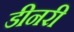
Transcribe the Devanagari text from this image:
डीनरी